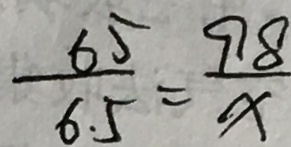
\frac { 6 5 } { 6 . 5 } = \frac { 9 8 } { x }